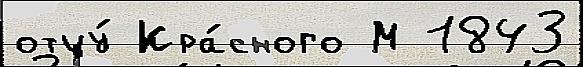
отцу́ Кра́сного М 1843